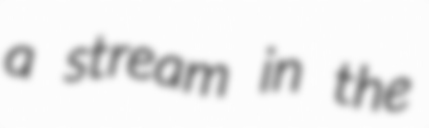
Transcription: a stream in the